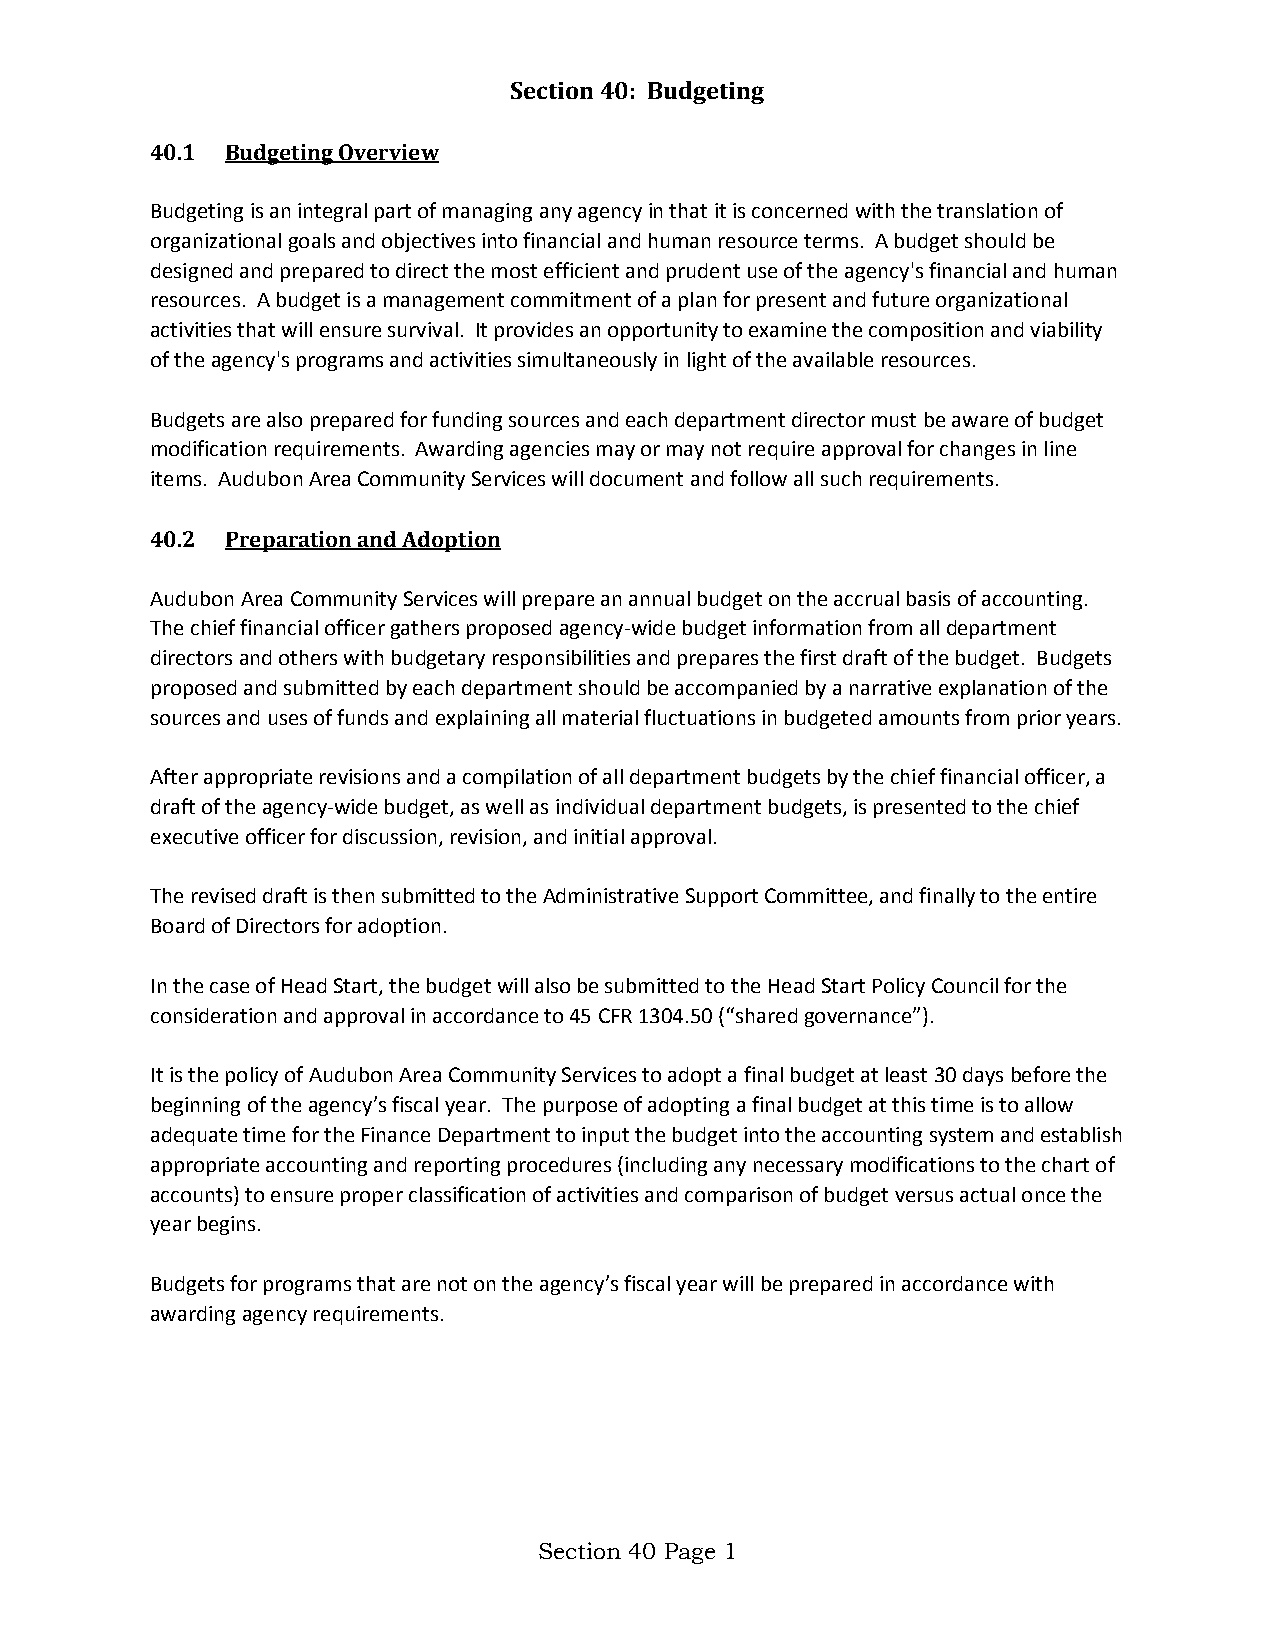
Section 40: Budgeting
 40.1 Budgeting Overview
 Budgeting is an integral part of managing any agency in that it is concerned with the translation of
 organizational goals and objectives into financial and human resource terms. A budget should be
 designed and prepared to direct the most efficient and prudent use of the agency's financial and human
 resources. A budget is a management commitment of a plan for present and future organizational
 activities that will ensure survival. It provides an opportunity to examine the composition and viability
 of the agency's programs and activities simultaneously in light of the available resources.
 Budgets are also prepared for funding sources and each department director must be aware of budget
 modification requirements. Awarding agencies may or may not require approval for changes in line
 items. Audubon Area Community Services will document and follow all such requirements.
 40.2 Preparation and Adoption
 Audubon Area Community Services will prepare an annual budget on the accrual basis of accounting.
 The chief financial officer gathers proposed agency-wide budget information from all department
 directors and others with budgetary responsibilities and prepares the first draft of the budget. Budgets
 proposed and submitted by each department should be accompanied by a narrative explanation of the
 sources and uses of funds and explaining all material fluctuations in budgeted amounts from prior years.
 After appropriate revisions and a compilation of all department budgets by the chief financial officer, a
 draft of the agency-wide budget, as well as individual department budgets, is presented to the chief
 executive officer for discussion, revision, and initial approval.
 The revised draft is then submitted to the Administrative Support Committee, and finally to the entire
 Board of Directors for adoption.
 In the case of Head Start, the budget will also be submitted to the Head Start Policy Council for the
 consideration and approval in accordance to 45 CFR 1304.50 (“shared governance”).
 It is the policy of Audubon Area Community Services to adopt a final budget at least 30 days before the
 beginning of the agency’s fiscal year. The purpose of adopting a final budget at this time is to allow
 adequate time for the Finance Department to input the budget into the accounting system and establish
 appropriate accounting and reporting procedures (including any necessary modifications to the chart of
 accounts) to ensure proper classification of activities and comparison of budget versus actual once the
 year begins.
 Budgets for programs that are not on the agency’s fiscal year will be prepared in accordance with
 awarding agency requirements.
 Section 40 Page 1